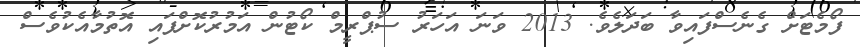
ފޯމެޓަށް ގެނެސްފައިވާ ބަދަލެވެ. 2013 ވަނަ އަހަރު ސުޕްރީމް ކޯޓުން އަމުރުކޮށްފައި އޮތުމާއެކުވެސް